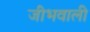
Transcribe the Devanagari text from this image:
जीभवाली